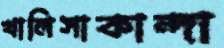
খালিসাকান্দা